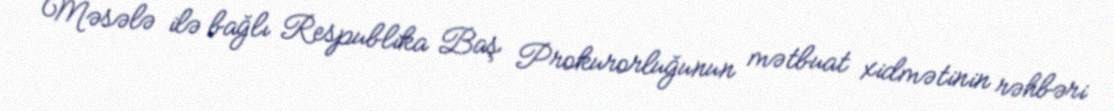
Məsələ ilə bağlı Respublika Baş Prokurorluğunun mətbuat xidmətinin rəhbəri